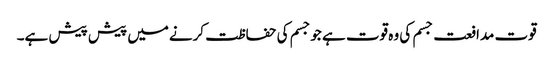
قوت مدافعت جسم کی وہ قوت ہے جوجسم کی حفاظت کرنےمیں پیش پیش ہے۔